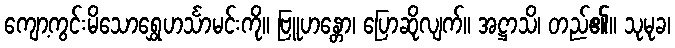
ကျော့ကွင်းမိသောရွှေဟင်္သာမင်းကို။ ဗြူဟန္တော၊ ပြောဆိုလျက်။ အဋ္ဌာသိ၊ တည်၏။ သုမုခ၊